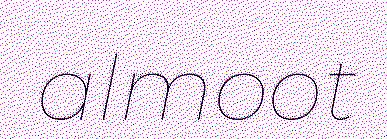
almoot